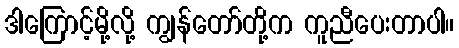
ဒါကြောင့်မို့လို့ ကျွန်တော်တို့က ကူညီပေးတာပါ။